Vaccine operations Central Provinces & Berar 1912-1920 - 1912-1920
Year: 1912
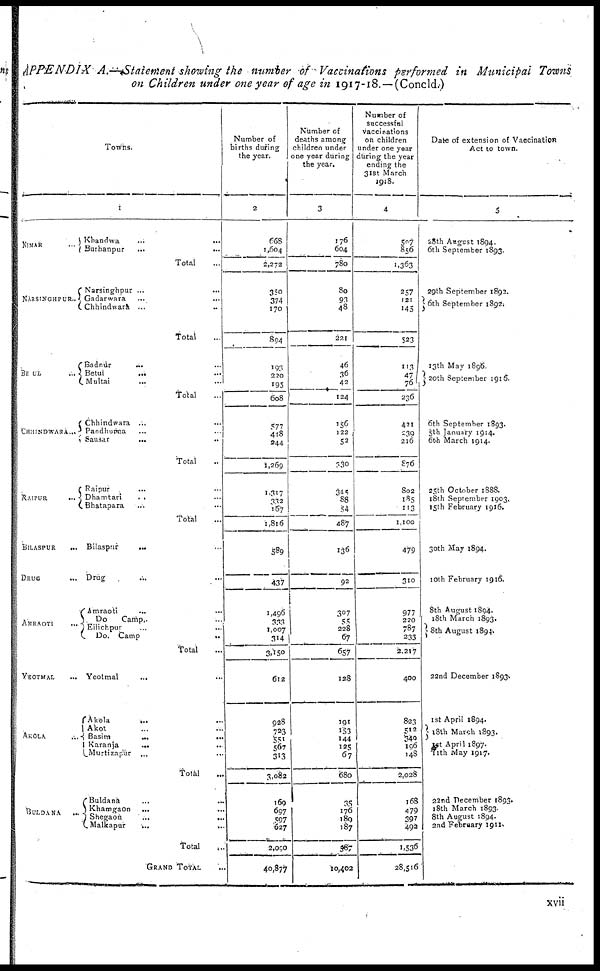
APPENDIX A.—Statement showing the number of Vaccinations performed in Municipal Towns
on Children under one year of age in 1917-18.—(Concld.)
NIMAR ...
NARSINGHPUR ...
BETUL ...
CHHINDWARA ...
RAIPUR ...
BILASPUR
...
DRUG
...
AMRAOTI ...
YEOTMAL ...
AKOLA ...
BULDANA ...
Towns.
1
Khandwa
...
...
Burhanpur
...
...
Total ...
Narsinghpur ... ...
Gadarwara ... ...
Chhindwara ... ...
Total ...
Badnur ... ...
Betul ... ...
Multai ... ...
Total ...
Chhindwara ... ...
Pandhurra ... ...
Sausar
...
..
Total ...
Raipur ... ...
Dhamtari ... ...
Bhatapara ... ...
Total ...
Bilaspur
... ...
Drug ... ...
Amraoti ... ...
Do
Camp ... ...
Eilichpur ... ...
Do. Camp
...
Total ...
Yeotmal ... ...
Akola
... ...
Akot ... ...
Basim
...
...
Karanja
... ...
Murtizapur ... ...
Total ...
Buldana ... ...
Khamgaon ... ...
Shegaon
...
...
Malkapur
...
..
Total ...
GRAND TOTAL ...
Number of
births during
the year.
2
668
1,604
2,272
350
374
170
894
193
220
195
608
577
448
244
1,269
1,317
332
167
1,816
589
437
1,496
333
1,007
314
3,150
612
928
723
551
567
313
3,082
169
697
597
627
2,090
40,877
Number of
deaths among
children under
one year during
the year.
3
176
604
780
80
93
48
221
46
36
42
124
156
122
52
330
345
88
54
487
136
92
307
55
228
67
657
128
191
153
144
125
67
680
35
176
189
187
587
10,402
Number of
successful
vaccinations
on children
under one year
during the year
ending the
31st March
1918.
4
507
856
1,363
257
121
145
523
113
47
76
236
421
239
216
876
802
185
113
1,100
479
310
977
220
787
233
2,217
400
823
512
340
196
148
2,028
168
479
397
492
1,536
28,516
Date of extension of Vaccination
Act to town.
5
28th August 1894.
6th September 1893.
29th September 1892.
6th September 1892.
13th May 1896
20th September 1916.
6th September 1893.
5th January 1914.
6th March 1914.
25th October 1888.
18th September 1903.
15th February 1916.
30th May 1894.
10th February 1916.
8th August 1894.
18th March 1893.
8th August 1894.
22nd December 1893
1st April 1894.
18th March 1893.
1st April 1897.
11th May 1917.
22nd December 1893.
18th March 1893.
8th August 1894.
2nd February 1911.
xvii